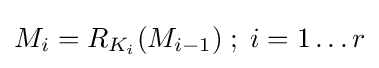
M_{i}=R_{K_{i}}(M_{i-1})\;;\;i=1\dots r